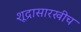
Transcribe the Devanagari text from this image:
शूद्रासारखीच